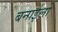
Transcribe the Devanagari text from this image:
बनाईलो